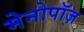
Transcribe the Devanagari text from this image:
मेनोपॉज़